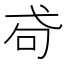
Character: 𢎅